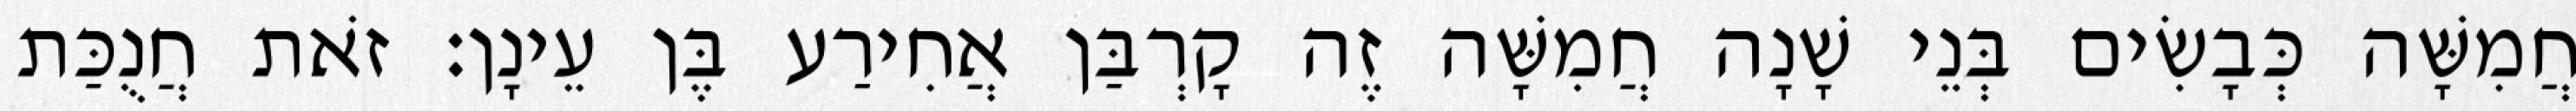
חֲמִשָּׁה כְּבָשִׂים בְּנֵי שָׁנָה חֲמִשָּׁה זֶה קָרְבַּן אֲחִירַע בֶּן עֵינָן׃ זֹאת חֲנֻכַּת